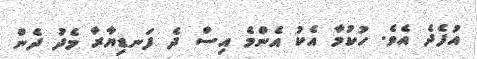
އުފެދެ އެވެ. ހުކުމާ އެކު އެންމެ އިސް ދެ ފަނޑިޔާރާ މެދު ދެން